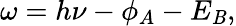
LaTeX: \omega=h\nu-\phi_{A}-E_{\mathit{B}},